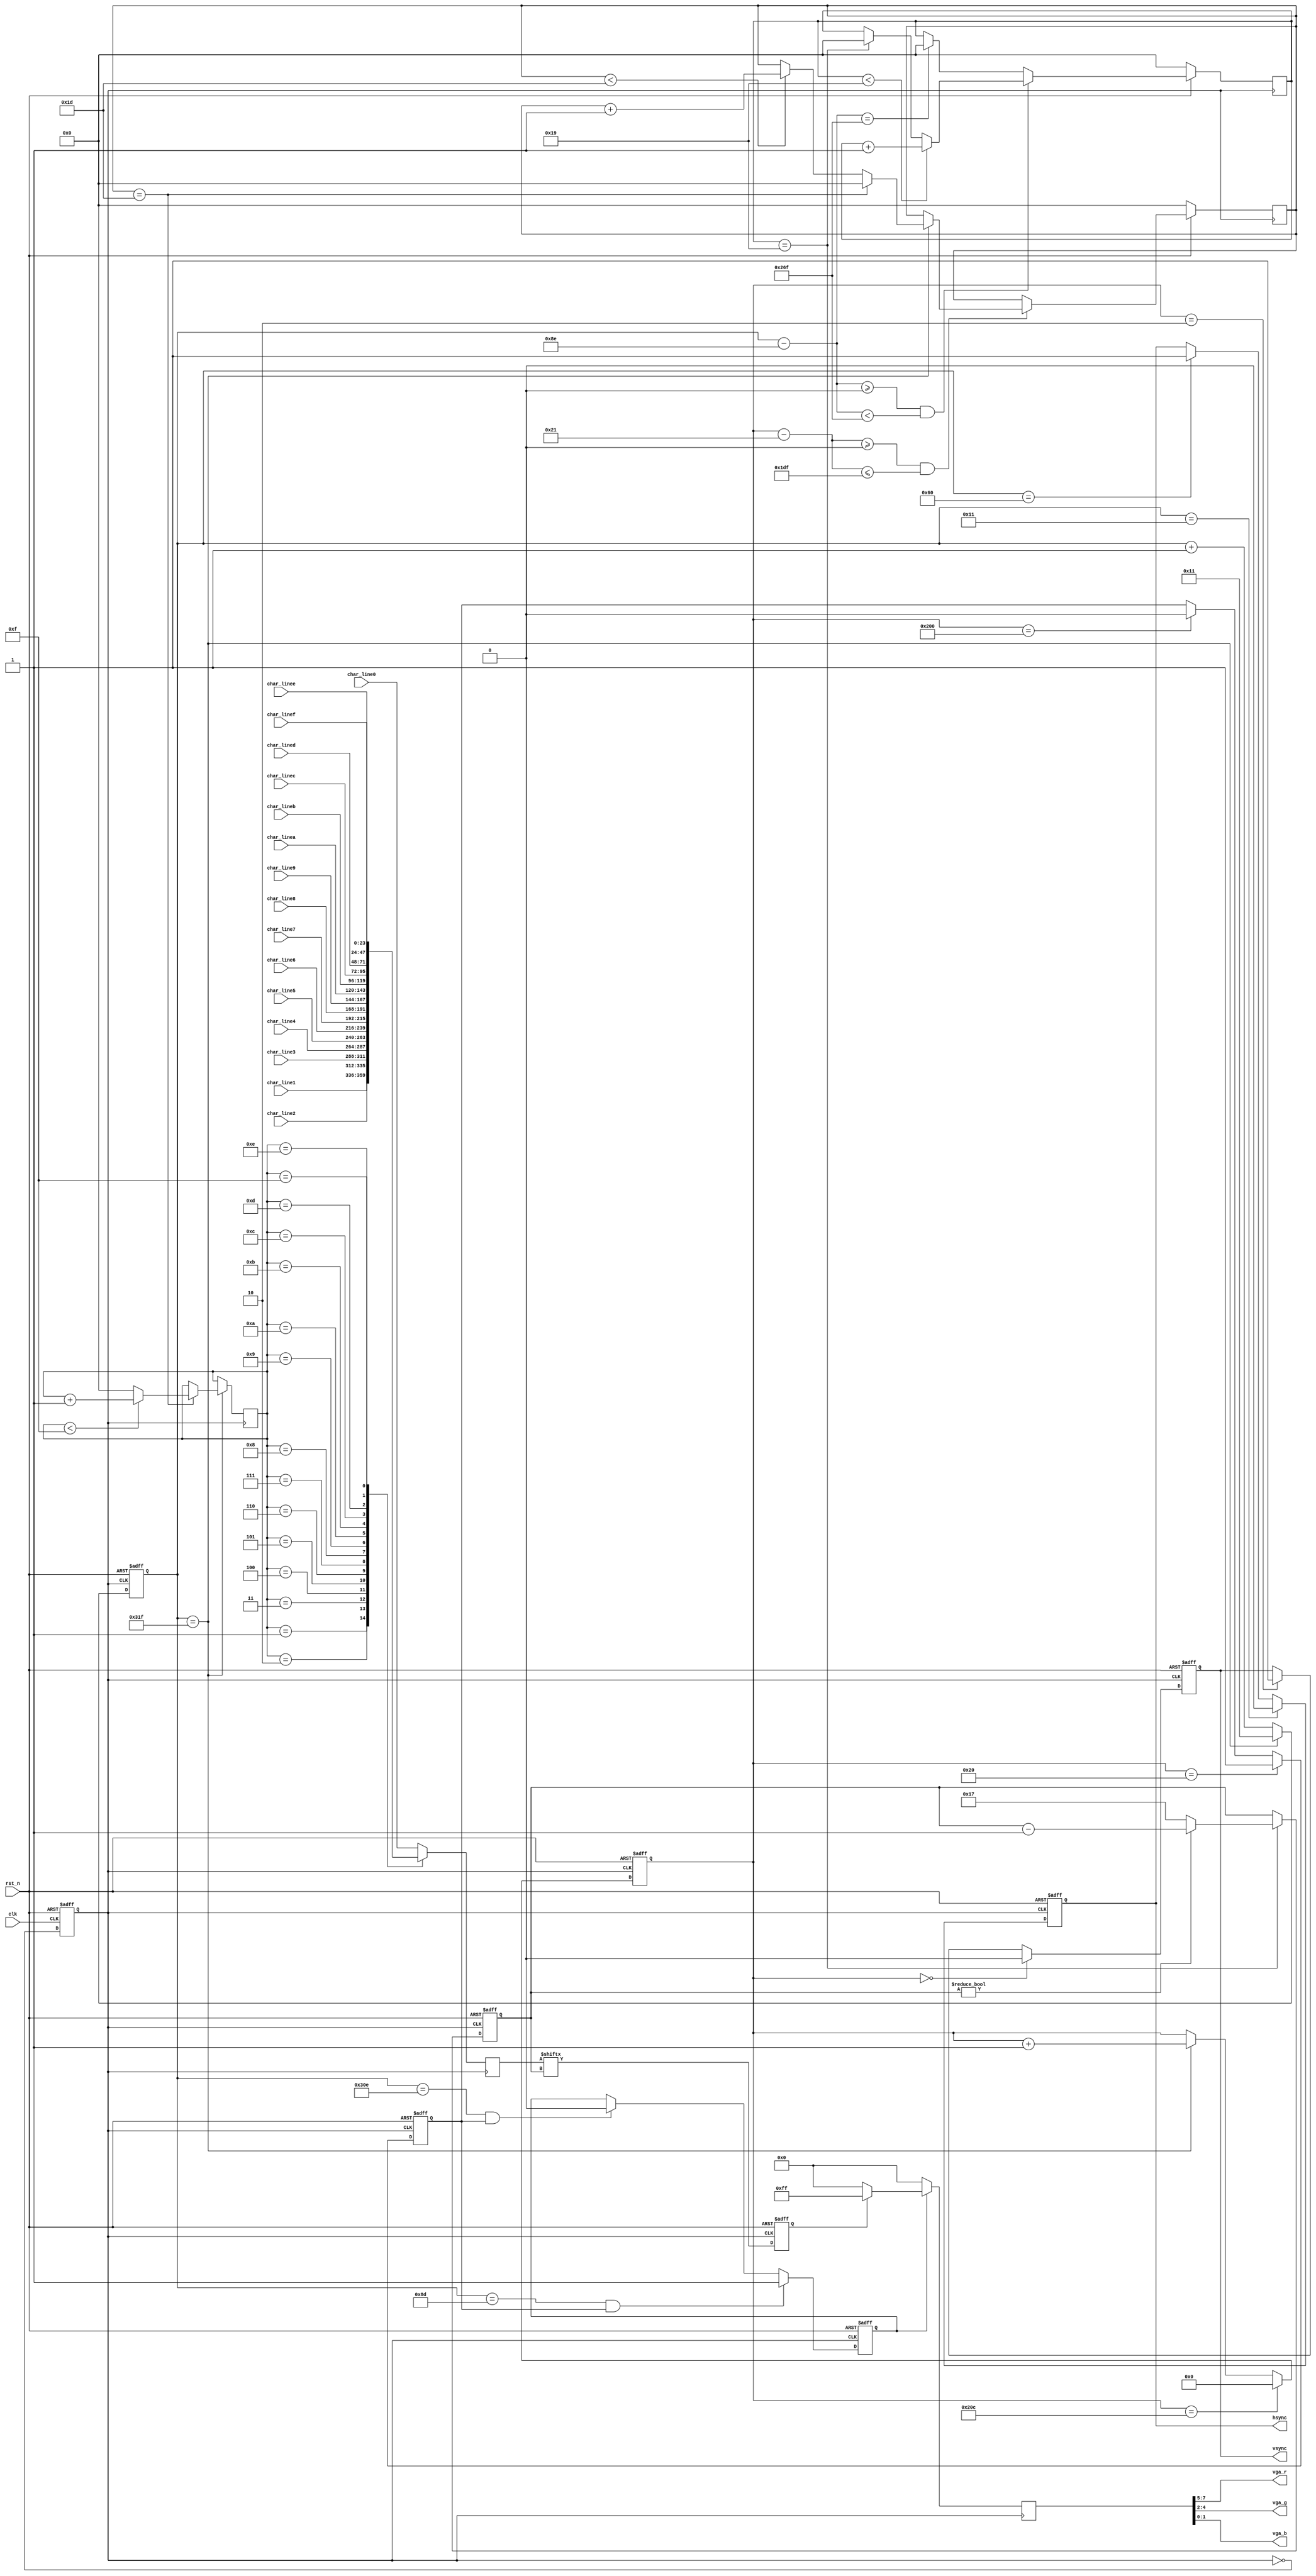
`timescale 1ns / 1ps
////////////////////////////////////////////////////////////////////////////////
// Company		: 
// Engineer		: 
// Design Name	: 
// Module Name	: vga_char
// Project Name	: 
// Target Device: 
// Tool versions: 
// Description	: 
// Revision		: V1.0
// Additional Comments	:  
// 
////////////////////////////////////////////////////////////////////////////////
module vga_char(	
				  clk,rst_n,	//
				  hsync,vsync,vga_r,vga_g,vga_b,	// VGA
			     char_line0, char_line1, char_line2, char_line3, char_line4, char_line5, char_line6, char_line7, 
				  char_line8, char_line9, char_linea, char_lineb, char_linec, char_lined, char_linee, char_linef
				);

input clk;	// 50MHz 25MHz
input rst_n;	//
input[23:0] char_line0; 
input[23:0] char_line1;
input[23:0] char_line2; 
input[23:0] char_line3; 
input[23:0] char_line4; 
input[23:0] char_line5; 
input[23:0] char_line6; 
input[23:0] char_line7; 
input[23:0] char_line8; 
input[23:0] char_line9; 
input[23:0] char_linea; 
input[23:0] char_lineb; 
input[23:0] char_linec; 
input[23:0] char_lined; 
input[23:0] char_linee; 
input[23:0] char_linef;
// FPGAVGA
output hsync;	//
output vsync;	//
output[2:0] vga_r;
output[2:0] vga_g;
output[1:0] vga_b;

//--------------------------------------------------
// 
reg[9:0] x_cnt;		//
reg[9:0] y_cnt;		//
reg[4:0] row;       //
reg[4:0] col;       //
reg[4:0] c;
reg[4:0] r;
reg [23:0] char_line; 
reg D;              //

//wire clk_25m;

//frq m(.clk(clk), .rst_n(rst_n), .clk_25m(clk_25m));//
//reg cnt;
reg clk_25m;

always@ (posedge clk or negedge rst_n)
begin
	if(!rst_n)
			clk_25m <= 1'b0;
	else
		clk_25m <= ~clk_25m;
end

always @ (posedge clk_25m or negedge rst_n)
	if(!rst_n) x_cnt <= 10'd17;
	else if(x_cnt == 10'd799) x_cnt <= 10'd17;
	else x_cnt <= x_cnt+1'b1;

always @ (posedge clk_25m or negedge rst_n)
	if(!rst_n) y_cnt <= 10'd0;
	else if(y_cnt == 10'd524) y_cnt <= 10'd0;
	else if(x_cnt == 10'd799) y_cnt <= y_cnt+1'b1;  
           
//--------------------------------------------------
// VGA,
reg hsync_r,vsync_r;	//
 
always @ (posedge clk_25m or negedge rst_n)
	if(!rst_n) hsync_r <= 1'b1;								
	else if(x_cnt == 10'd17) hsync_r <= 1'b0;	//hsync
	else if(x_cnt == 10'd96) hsync_r <= 1'b1;

always @ (posedge clk_25m or negedge rst_n)
	if(!rst_n) vsync_r <= 1'b1;							  
	else if(y_cnt == 10'd0) vsync_r <= 1'b0;	//vsync
	else if(y_cnt == 10'd2) vsync_r <= 1'b1;

assign hsync = hsync_r;
assign vsync = vsync_r;

//--------------------------------------------------
//
reg valid_yr;	//                      //32-512
always @ (posedge clk_25m or negedge rst_n)
	if(!rst_n) valid_yr <= 1'b0;
	else if(y_cnt == 10'd32) valid_yr <= 1'b1;
	else if(y_cnt == 10'd512) valid_yr <= 1'b0;	

wire valid_y = valid_yr;

reg valid_r;	// VGA
always @ (posedge clk_25m or negedge rst_n)
	if(!rst_n) valid_r <= 1'b0;
	else if((x_cnt == 10'd141) && valid_y) valid_r <= 1'b1;
	else if((x_cnt == 10'd782) && valid_y) valid_r <= 1'b0;
	
wire valid = valid_r;		

wire[9:0] x_dis;		//0-639
wire[9:0] y_dis;		//0-479

assign x_dis = x_cnt - 10'd142;
assign y_dis = y_cnt - 10'd33;
//--------------------------------------------------

//-------------------------------------------------- 
	// VGA
/*
RGB = 000  		RGB = 100	
	= 001  			= 101	
	= 010			= 110	
	= 011			= 111	
*/	

/*EDN*/

/****************************************************************************************/
/*
parameter 	char_line0 = 24'h000000,
				char_line1 = 24'h000000,
				char_line2 = 24'h000000,
				char_line3 = 24'hfcf8c7,
				char_line4 = 24'h424462,
				char_line5 = 24'h484262,
				char_line6 = 24'h484252,
				char_line7 = 24'h784252,
				char_line8 = 24'h48424a,
				char_line9 = 24'h48424a,
				char_linea = 24'h40424a,
				char_lineb = 24'h424246,
				char_linec = 24'h424446,
				char_lined = 24'hfcf8e2,
				char_linee = 24'h000000,
				char_linef = 24'h000000;
*/			
/****************************************************************************************/

// H(0) i(1) 1(2)
//
//{0x00,0x00,0x00,0xF7,0x63,0x63,0x63,0x63},
//{0x7F,0x63,0x63,0x63,0x63,0xF7,0x00,0x00},/*"H",0*/
//
//{0x00,0x00,0x00,0x38,0x38,0x00,0x00,0x78},
//{0x18,0x18,0x18,0x18,0x18,0x7E,0x00,0x00},/*"i",1*/
//
//{0x00,0x00,0x00,0x18,0x78,0x18,0x18,0x18},
//{0x18,0x18,0x18,0x18,0x18,0x7E,0x00,0x00},/*"1",2*/

//parameter 	char_line0 = 24'h000000,
//				char_line1 = 24'h000000,
//				char_line2 = 24'h000000,
//				char_line3 = 24'hF73818,
//				char_line4 = 24'h633878,
//				char_line5 = 24'h630018,
//				char_line6 = 24'h630018,
//				char_line7 = 24'h637818,
//				char_line8 = 24'h7F1818,
//				char_line9 = 24'h631818,
//				char_linea = 24'h631818,
//				char_lineb = 24'h631818,
//				char_linec = 24'h631818,
//				char_lined = 24'hF77E7E,
//				char_linee = 24'h000000,
//				char_linef = 24'h000000;
	  	
reg[7:0] vga_rgb;	// VGA

 /****************************************************************************************/  
 
always @(posedge clk_25m)
      if(!rst_n)
		       col <= 0;
		else	   
	      if (y_dis >=10'd0 && y_dis <= 479)
   	      begin
			     if(x_cnt == 10'd799)
				    begin
		               if(col<29)
					        col <= col+1;  // col0-29
                        if(col==29)							
		                    col <= 0;
				    end
	          end
	
/****************************************************************************************/

always @(posedge clk_25m)
begin
	if(!rst_n)
		begin
			row<=0;
		end
	else		
		if ((x_dis >= 10'd0) && (x_dis < 10'd623)) 
			begin
				if(row<25)
					row<=row+1;  //row0-25
				else
					if(row==25)		
						row<=0;
			end
		else
			if(x_dis == 10'd623)
				row<=0;
end
	
/****************************************************************************************/

always @(posedge clk_25m)
begin
	if(x_cnt == 10'd799)
		begin
		  if(col==29)  
			  begin
				  if(c<15)
					 c<=c+1;
				  else
					 c<=0;
				end		
		end		
end
	  
/****************************************************************************************/	

always @(posedge clk_25m)
	  begin
			case(c)
			4'h0 : char_line <= char_line0;
			4'h1 : char_line <= char_line1;
			4'h2 : char_line <= char_line2;
			4'h3 : char_line <= char_line3;
			4'h4 : char_line <= char_line4;
			4'h5 : char_line <= char_line5;
			4'h6 : char_line <= char_line6;
			4'h7 : char_line <= char_line7;
			4'h8 : char_line <= char_line8;
			4'h9 : char_line <= char_line9;
			4'ha : char_line <= char_linea;
			4'hb : char_line <= char_lineb;
			4'hc : char_line <= char_linec;
			4'hd : char_line <= char_lined;
			4'he : char_line <= char_linee; 
			4'hf : char_line <= char_linef;			
			default : char_line <= char_line0;
			endcase
	  end
	  
/****************************************************************************************/	

always @(posedge clk_25m or negedge rst_n)
begin	   
	if(!rst_n)
		begin
			 r<=23;
		end
	else
		if(row==25)
			begin
				if(r!=0)
					 r<=r-1;
				else
					 r<=23;
			end
end
		
/****************************************************************************************/

always @(posedge clk_25m or negedge rst_n)
begin
	if(!rst_n)
		begin
			D<=0;
		end
	else
		D<=char_line[r];
end
		
/****************************************************************************************/	
	
always @(posedge clk_25m )
begin
	if(!valid)
		vga_rgb <= 8'b00;	
	else
		if(D==1)   
			//vga_rgb <= 8'b111_000_00;	//
			vga_rgb <= 8'b111_111_11;	//
	else      
		if(D==0)
			//vga_rgb <= 8'b000_111_00;	//
			vga_rgb <= 8'b000_000_00;	//
		else
			vga_rgb <= 8'b00;	
end

/****************************************************************************************/

//r,g,b
assign vga_r = vga_rgb[7:5];
assign vga_g = vga_rgb[4:2];
assign vga_b = vga_rgb[1:0];

endmodule